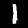
Digit: 1